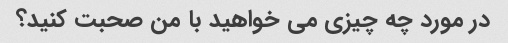
در مورد چه چیزی می خواهید با من صحبت کنید؟